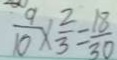
\frac { 9 } { 1 0 } \times \frac { 2 } { 3 } = \frac { 1 8 } { 3 0 }